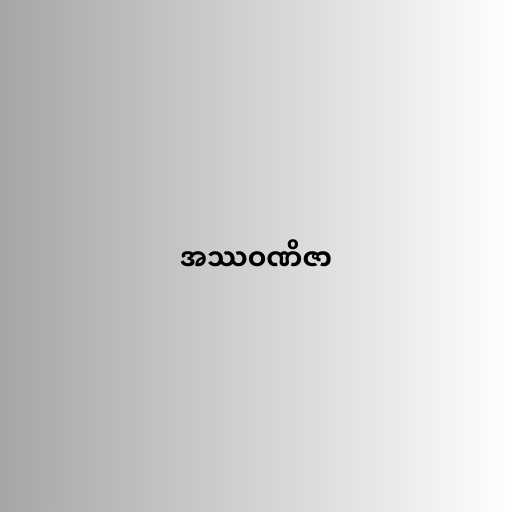
အဿဝဏိဇာ